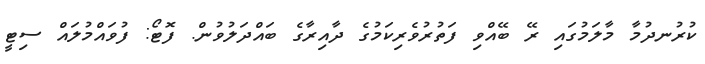
ކުރުނދުމާ މާލަމުގައި ރޭ ބޭއްވި ފަތުރުވެރިކަމުގެ ދާއިރާގެ ބައްދަލުވުން. ފޮޓޯ: ފުވައްމުލައް ސިޓީ